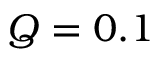
Q = 0 . 1